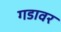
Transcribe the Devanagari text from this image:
गडावर